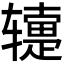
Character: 𬨕